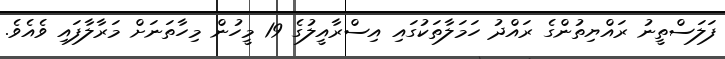
ފަލަސްތީނު ރައްޔިތުންގެ ރައްދު ހަމަލާތަކުގައި އިސްރާއީލުގެ 19 މީހުން މިހާތަނަށް މަރާލާފައި ވެއެވެ.